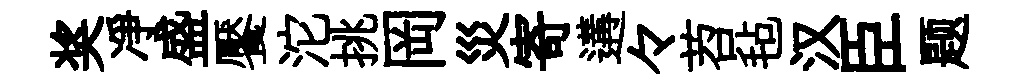
奖凈盛饜沱挑岡災寄遘々苕毡汉臣题